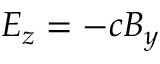
E _ { z } = - c B _ { y }